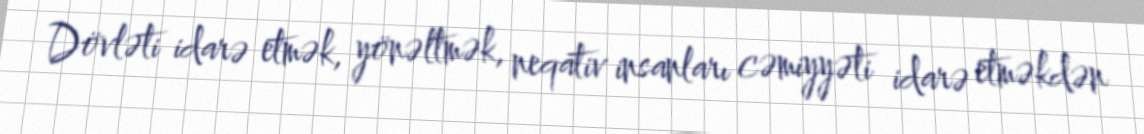
Dövləti idarə etmək, yönəltmək, neqativ insanları cəmiyyəti idarə etməkdən